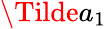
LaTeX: \Tilde{a}_{1}